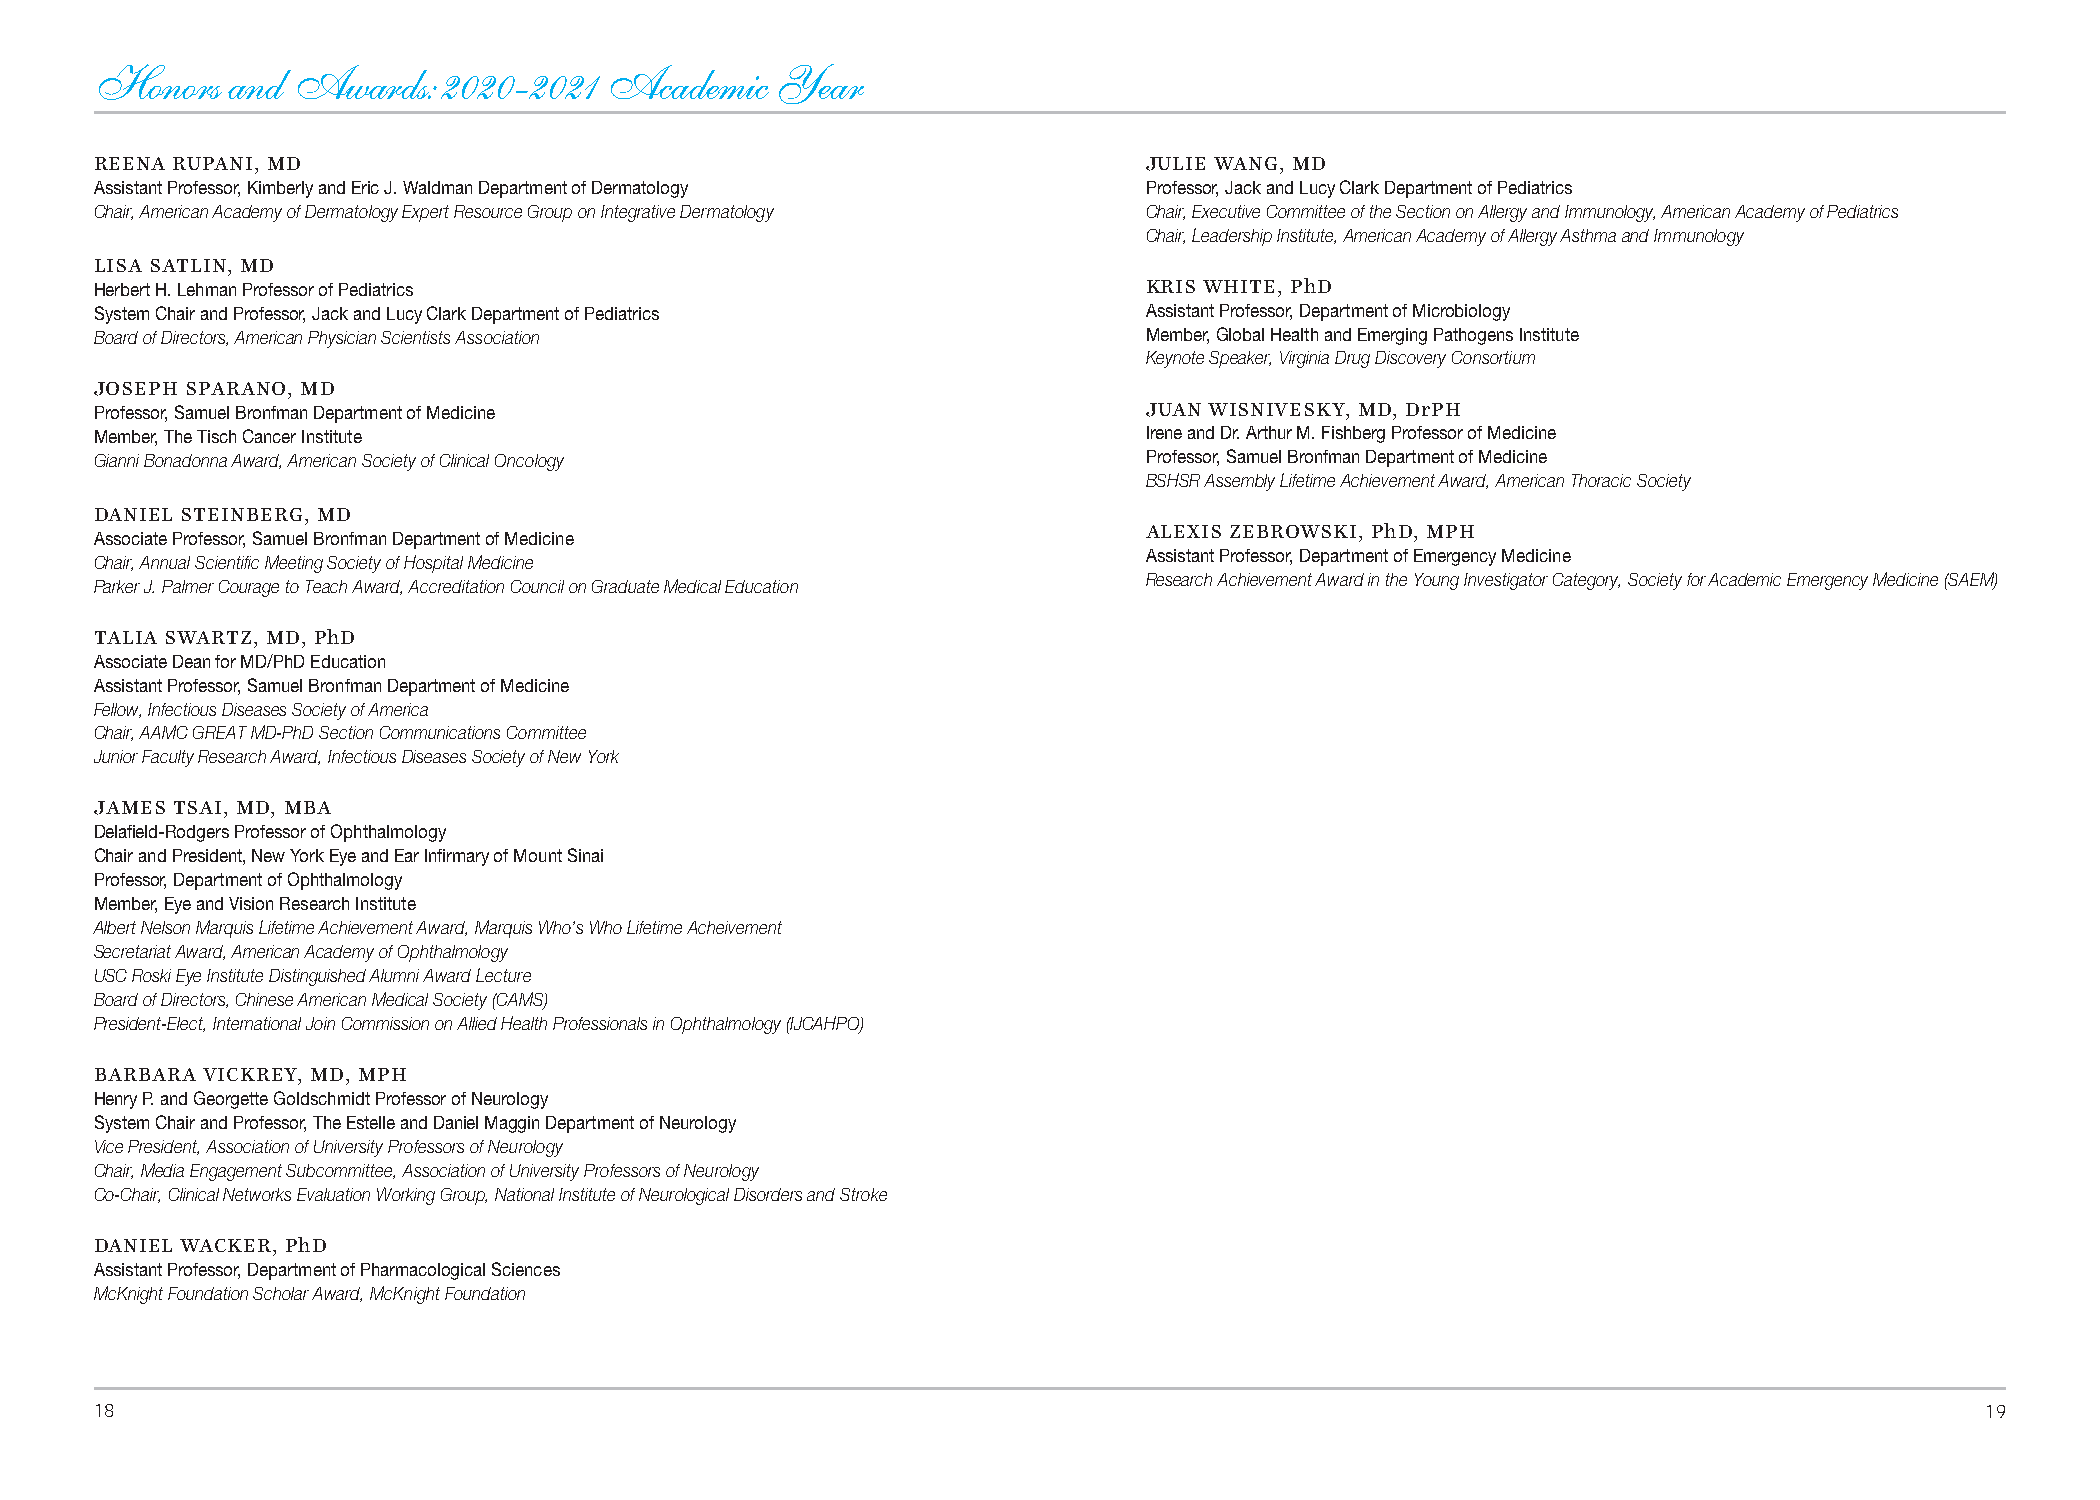
Honors   and Awards:   2020-2021  Academic   Year
 REENA RUPANI, MD                                                      JULIE WANG, MD
 Assistant Professor, Kimberly and Eric J. Waldman Department of Dermatology Professor, Jack and Lucy Clark Department of Pediatrics
 Chair, American Academy of Dermatology Expert Resource Group on Integrative Dermatology Chair, Executive Committee of the Section on Allergy and Immunology, American Academy of Pediatrics
 Chair, Leadership Institute, American Academy of Allergy Asthma and Immunology
 LISA SATLIN, MD
 Herbert H. Lehman Professor of Pediatrics                             KRIS WHITE, PhD
 System Chair and Professor, Jack and Lucy Clark Department of Pediatrics Assistant Professor, Department of Microbiology
 Board of Directors, American Physician Scientists Association         Member, Global Health and Emerging Pathogens Institute
 Keynote Speaker, Virginia Drug Discovery Consortium
 JOSEPH SPARANO, MD
 Professor, Samuel Bronfman Department of Medicine                     JUAN WISNIVESKY, MD, DrPH
 Member, The Tisch Cancer Institute                                    Irene and Dr. Arthur M. Fishberg Professor of Medicine
 Gianni Bonadonna Award, American Society of Clinical Oncology         Professor, Samuel Bronfman Department of Medicine
 BSHSR Assembly Lifetime Achievement Award, American Thoracic Society
 DANIEL STEINBERG, MD
 Associate Professor, Samuel Bronfman Department of Medicine
 ALEXIS ZEBROWSKI, PhD, MPH
 Assistant Professor, Department of Emergency Medicine
 Chair, Annual Scientific Meeting Society of Hospital Medicine
 Parker J. Palmer Courage to Teach Award, Accreditation Council on Graduate Medical Education Research Achievement Award in the Young Investigator Category, Society for Academic Emergency Medicine (SAEM)
 TALIA SWARTZ, MD, PhD
 Associate Dean for MD/PhD Education
 Assistant Professor, Samuel Bronfman Department of Medicine
 Fellow, Infectious Diseases Society of America
 Chair, AAMC GREAT MD-PhD Section Communications Committee
 Junior Faculty Research Award, Infectious Diseases Society of New York
 JAMES TSAI, MD, MBA
 Delafield-Rodgers Professor of Ophthalmology
 Chair and President, New York Eye and Ear Infirmary of Mount Sinai
 Professor, Department of Ophthalmology
 Member, Eye and Vision Research Institute
 Albert Nelson Marquis Lifetime Achievement Award, Marquis Who’s Who Lifetime Acheivement
 Secretariat Award, American Academy of Ophthalmology
 USC Roski Eye Institute Distinguished Alumni Award Lecture
 Board of Directors, Chinese American Medical Society (CAMS)
 President-Elect, International Join Commission on Allied Health Professionals in Ophthalmology (IJCAHPO)
 BARBARA VICKREY, MD, MPH
 Henry P. and Georgette Goldschmidt Professor of Neurology
 System Chair and Professor, The Estelle and Daniel Maggin Department of Neurology
 Vice President, Association of University Professors of Neurology
 Chair, Media Engagement Subcommittee, Association of University Professors of Neurology
 Co-Chair, Clinical Networks Evaluation Working Group, National Institute of Neurological Disorders and Stroke
 DANIEL WACKER, PhD
 Assistant Professor, Department of Pharmacological Sciences
 McKnight Foundation Scholar Award, McKnight Foundation
 18                                                                                                                           19